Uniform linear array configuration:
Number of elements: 12
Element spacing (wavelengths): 0.75
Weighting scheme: hamming
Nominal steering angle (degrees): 60
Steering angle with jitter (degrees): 60.502
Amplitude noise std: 0.05
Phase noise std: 0.05

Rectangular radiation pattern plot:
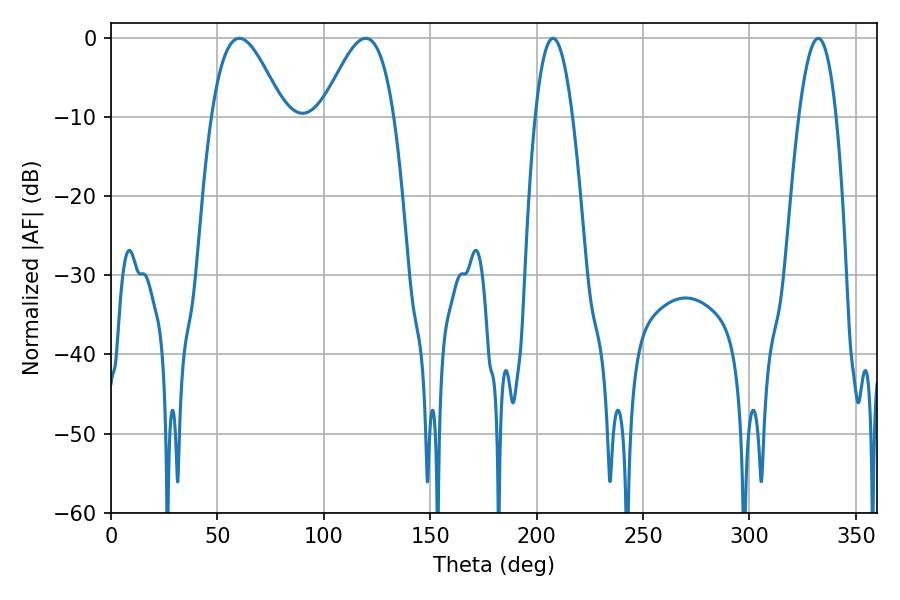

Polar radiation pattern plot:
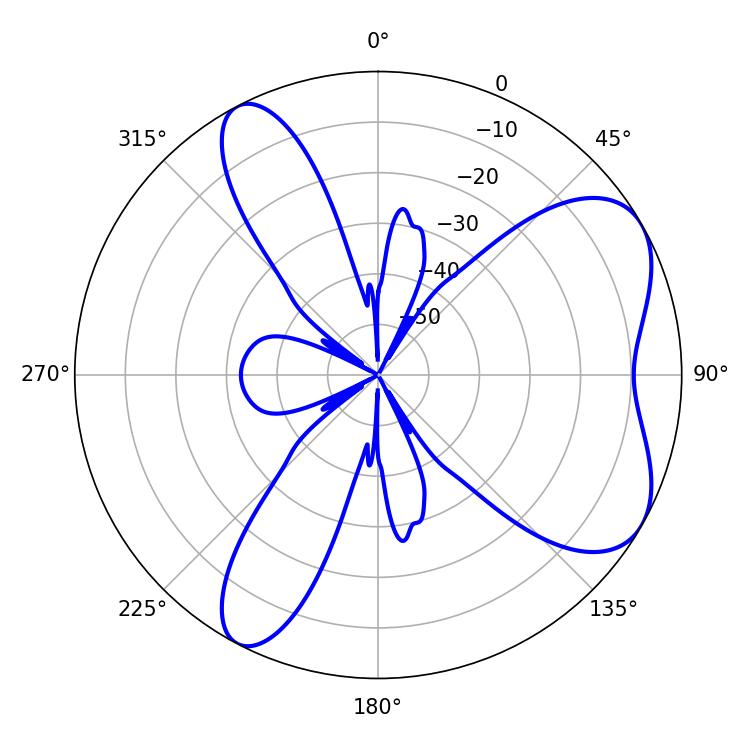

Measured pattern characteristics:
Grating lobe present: TRUE
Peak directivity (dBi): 6.284
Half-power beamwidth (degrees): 18.18
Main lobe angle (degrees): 60.3